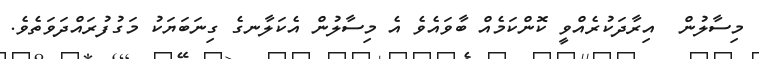
މިސާލުން  އިރާދަކުރެއްވީ ކޮންކަމެއް ބާވައެވެ އެ މިސާލުން އެކަލާނގެ ގިނަބަޔަކު މަގުފުރައްދަވަތެވެ.